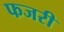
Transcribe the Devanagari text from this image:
फजरी